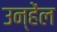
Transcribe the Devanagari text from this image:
उन्हेंल